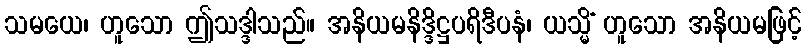
သမယေ၊ ဟူသော ဤသဒ္ဒါသည်။ အနိယမနိဒ္ဒိဋ္ဌပရိဒီပနံ၊ ယသ္မိံ ဟူသော အနိယမဖြင့်